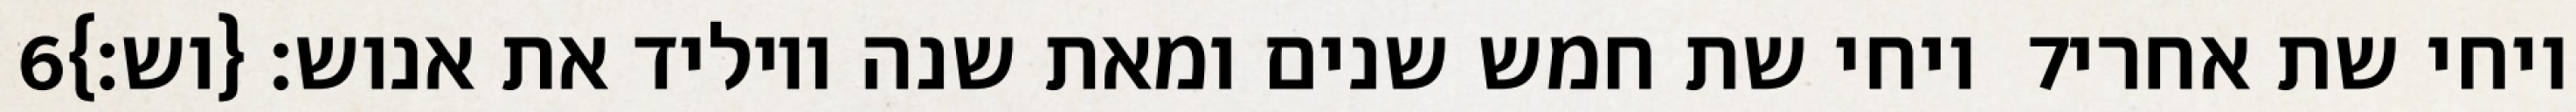
‎6‏ ויחי שת חמש שנים ומאת שנה ויוליד את אנוש׃ {וש׃} ‎7‏ ויחי שת אחרי